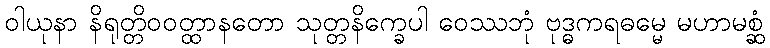
ဝါယုနာ နိရုတ္တိဝဝတ္ထာနတော သုတ္တနိက္ခေပါ ဝေဿဘုံ ဗုဒ္ဓကရဓမ္မေ မဟာမစ္ဆံ